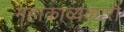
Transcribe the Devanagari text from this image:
महाकाव्यकारों